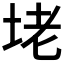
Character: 𡋎